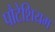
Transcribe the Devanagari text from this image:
पौटेशियम